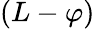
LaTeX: (L-\varphi)